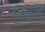
ઇસરો